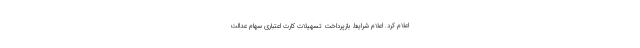
اعلام کرد. اعلام شرایط بازپرداخت تسهیلات کارت اعتباری سهام عدالت